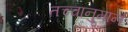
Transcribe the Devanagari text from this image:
तच्चानुमानं